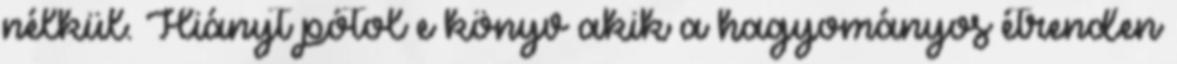
nélkül. Hiányt pótol e könyv akik a hagyományos étrenden